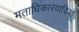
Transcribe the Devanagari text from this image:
मताधिकारवादियों